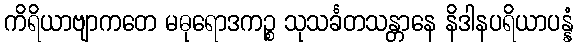
ကိရိယာဗျာကတေ မဓုရောဒကဉ္စ သုသင်္ခတသန္တာနေ နိဒါနပရိယာပန္နံ